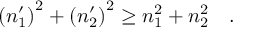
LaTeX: \left( n _ { 1 } ^ { \prime } \right) ^ { 2 } + \left( n _ { 2 } ^ { \prime } \right) ^ { 2 } \ge n _ { 1 } ^ { 2 } + n _ { 2 } ^ { 2 } \quad .